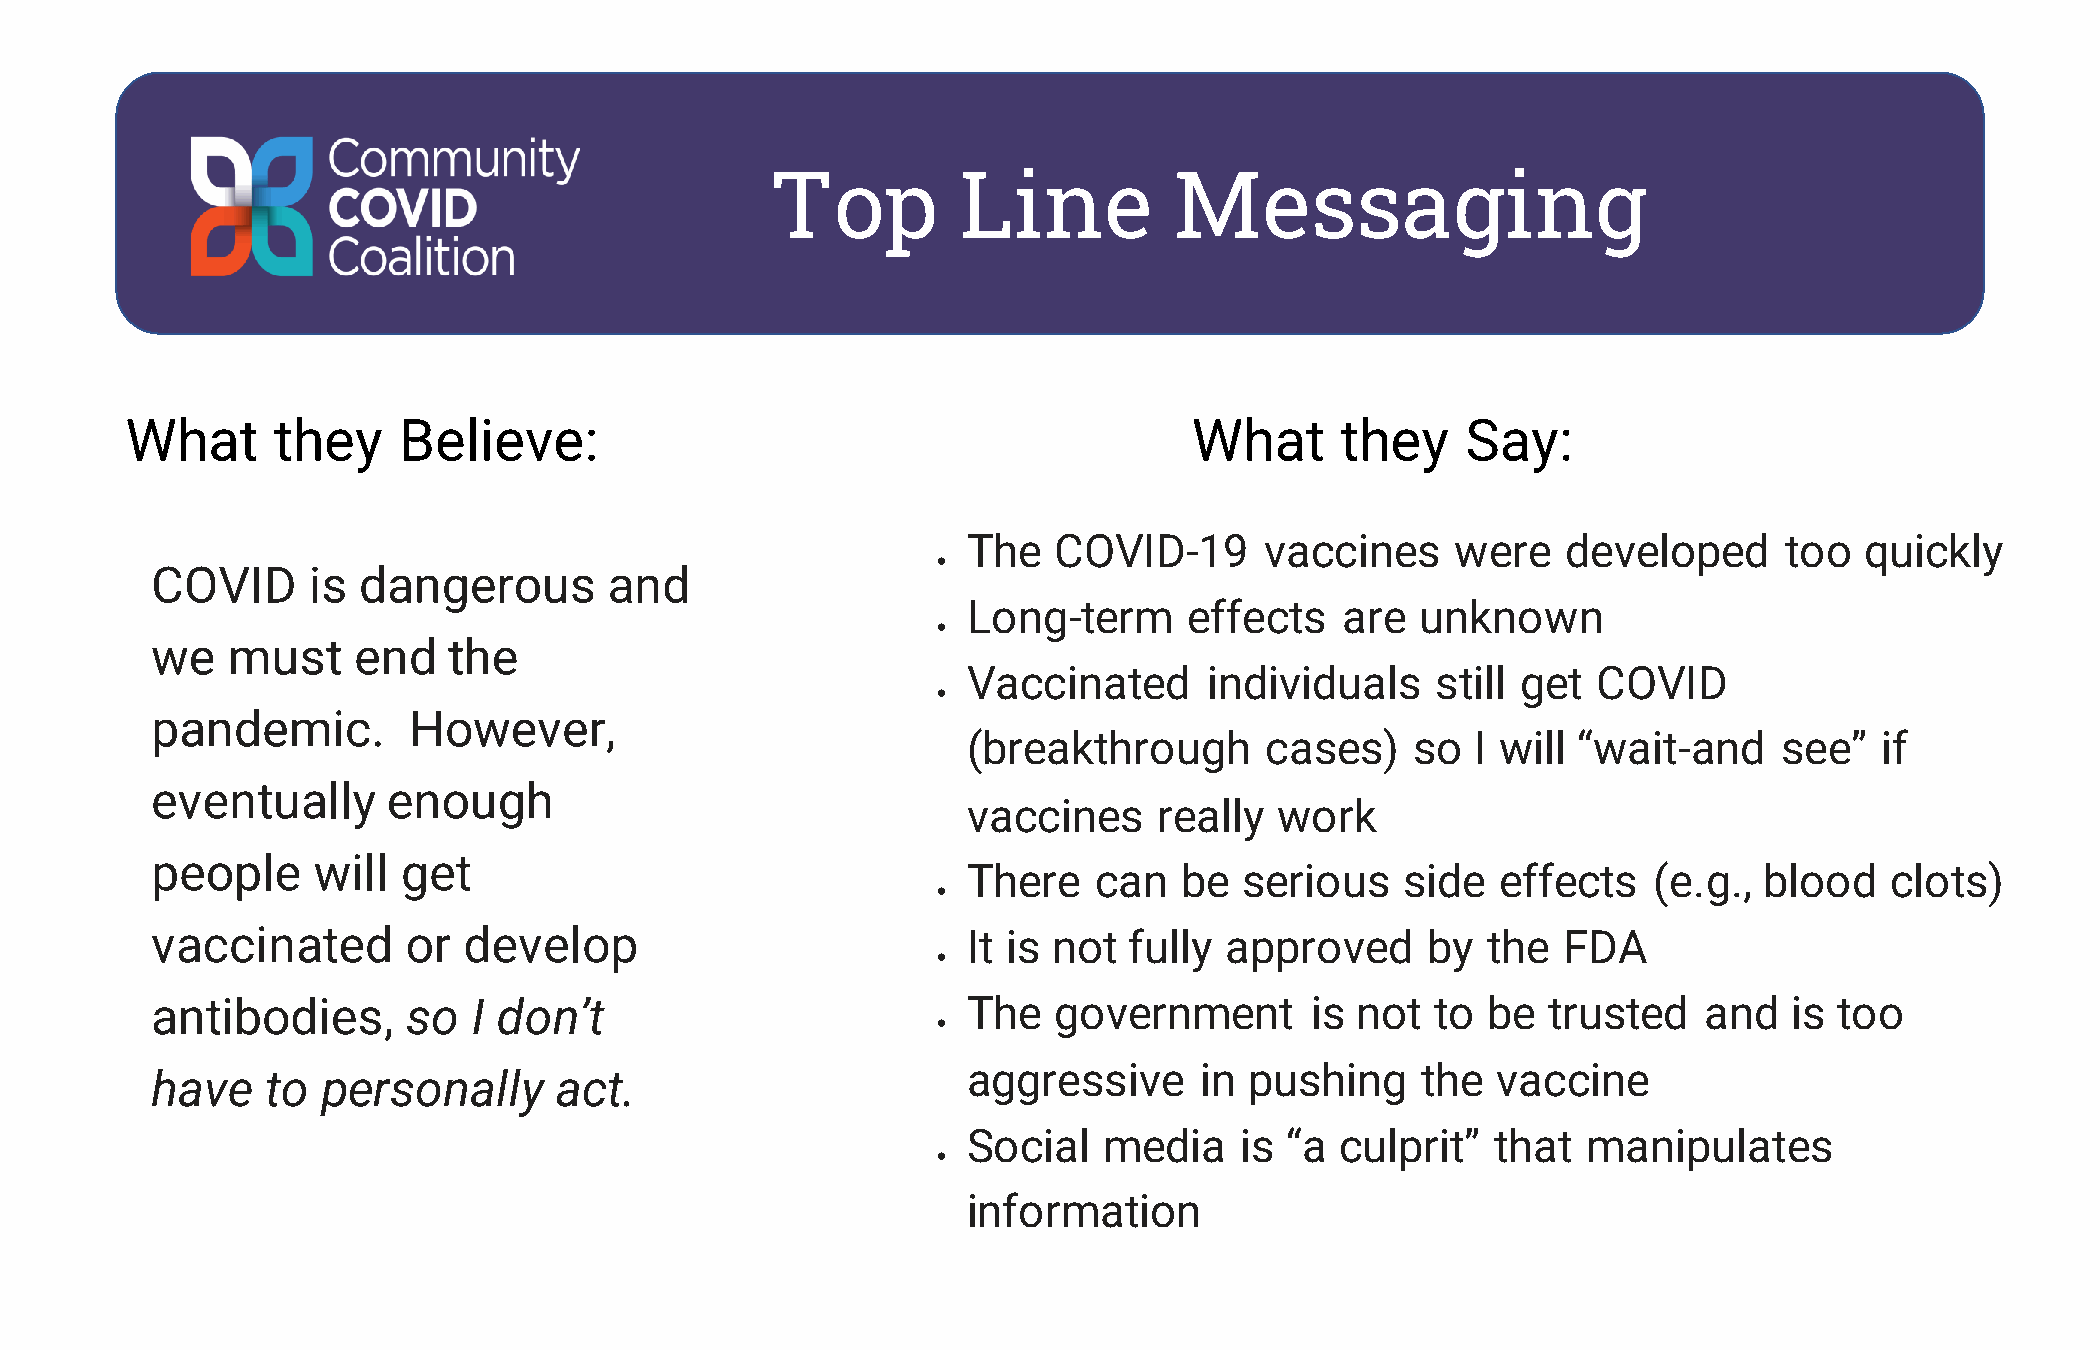
Top          Line          Messaging
 What      they    Believe:                                             What      they    Say:
 The   COVID-19      vaccines    were    developed     too  quickly
 •
 COVID     is  dangerous       and
 Long-term      effects   are  unknown
 •
 we   must    end    the
 Vaccinated      individuals    still get  COVID
 •
 pandemic.        However,
 (breakthrough       cases)    so  I will “wait-and    see”   if
 eventually      enough
 vaccines     really  work
 people     will  get
 There   can   be  serious    side  effects    (e.g., blood   clots)
 •
 vaccinated       or  develop                          It is not  fully approved      by the  FDA
 •
 antibodies,      so  I don’t                          The   government       is not  to be  trusted    and   is too
 •
 aggressive     in  pushing    the  vaccine
 have    to personally      act.
 Social   media    is “a  culprit”  that  manipulates
 •
 information